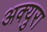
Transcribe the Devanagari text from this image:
अक्युरा